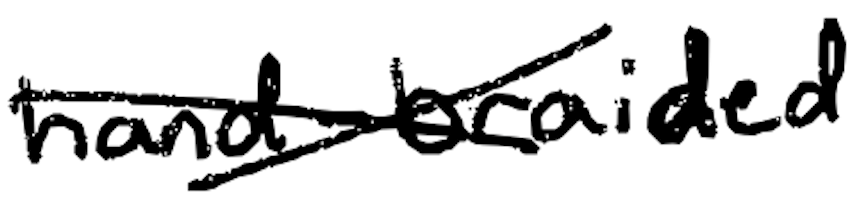
Text: hand-braided
Cross-out: cross
Writing tool: digital_black